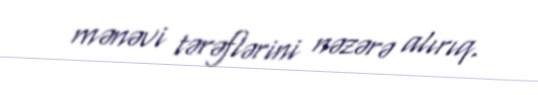
mənəvi tərəflərini nəzərə alırıq.